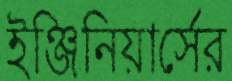
ইঞ্জিনিয়ার্সের